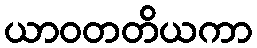
ယာဝတတိယကာ